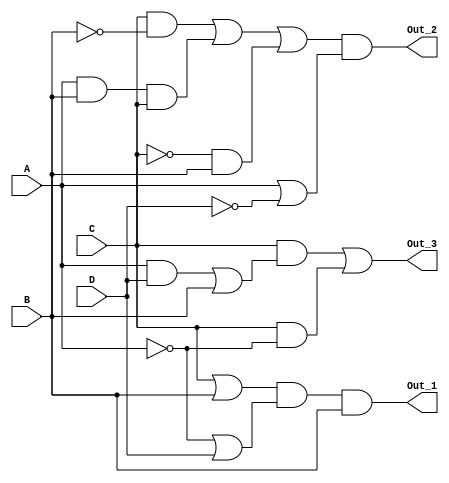
module mod3_34(Out_1, Out_2, Out_3, A, B, C, D);
    output Out_1, Out_2, Out_3;
    input A, B, C, D;
    
    assign Out_1 = (C || B) && (!A || D) && B;
    assign Out_2 = ((C && !B) || (A && B && C) || (!C && B)) && (A || !D);
    assign Out_3 = (C && ((A && D) || B)) || (C && !A);

    
endmodule

module mod3_34_tb;
reg a, b, c, d;
wire out1, out2, out3;

mod3_34 circuit(out1, out2, out3, a, b, c, d);
initial
begin
$monitor("a=%b, b=%b, c=%b, d=%b, out1=%b, out2=%b, out3=%b", a, b, c, d, out1, out2, out3);
a = 0; b = 0; c = 0; d = 0; #10;
a = 0; b = 0; c = 0; d = 1; #10;
a = 0; b = 0; c = 1; d = 0; #10;
a = 0; b = 0; c = 1; d = 1; #10;
a = 0; b = 1; c = 0; d = 0; #10;
a = 0; b = 1; c = 0; d = 1; #10;
a = 0; b = 1; c = 1; d = 0; #10;
a = 0; b = 1; c = 1; d = 1; #10;
a = 1; b = 0; c = 0; d = 0; #10;
a = 1; b = 0; c = 0; d = 1; #10;
a = 1; b = 0; c = 1; d = 0; #10;
a = 1; b = 0; c = 1; d = 1; #10;
a = 1; b = 1; c = 0; d = 0; #10;
a = 1; b = 1; c = 0; d = 1; #10;
a = 1; b = 1; c = 1; d = 0; #10;
a = 1; b = 1; c = 1; d = 1; #10;
$finish;
end
endmodule